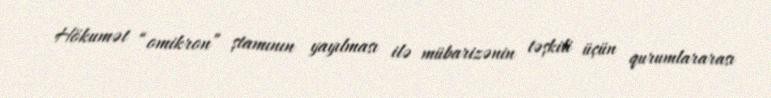
Hökumət “omikron” ştamının yayılması ilə mübarizənin təşkili üçün qurumlararası